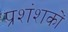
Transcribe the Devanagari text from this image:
प्रशंशकों